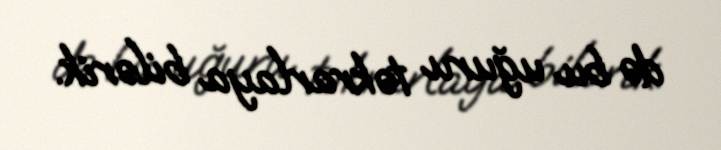
də bu uğuru təkrarlaya bilərik.